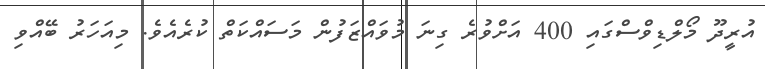
އުރީދޫ މޯލްޑިވްސްގައި 400 އަށްވުރެ ގިނަ މުވައްޒަފުން މަސައްކަތް ކުރެއެވެ. މިއަހަރު ބޭއްވި